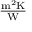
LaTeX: \textstyle \mathrm { { \frac { m ^ { 2 } K } { W } } }